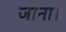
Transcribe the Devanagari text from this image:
जाना॥